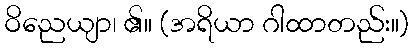
ဝိညေယျာ၊ ၏။ (အရိယာ ဂါထာတည်း။)